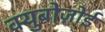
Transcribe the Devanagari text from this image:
क्युबोज़ोई